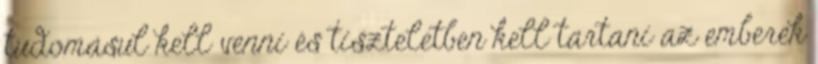
tudomásul kell venni és tiszteletben kell tartani az emberek